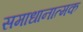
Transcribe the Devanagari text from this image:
समाधानात्मक